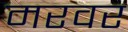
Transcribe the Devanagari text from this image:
मरवर